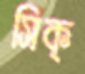
সিক্